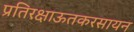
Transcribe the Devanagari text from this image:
प्रतिरक्षाऊतकरसायन